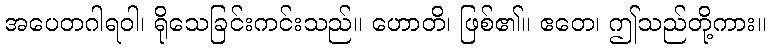
အပေတဂါရဝါ၊ ရိုသေခြင်းကင်းသည်။ ဟောတိ၊ ဖြစ်၏။ ဧတေ၊ ဤသည်တို့ကား။